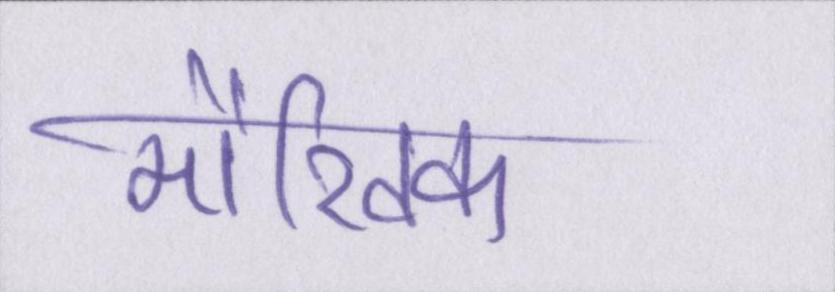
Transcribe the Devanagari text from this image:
मौखिक